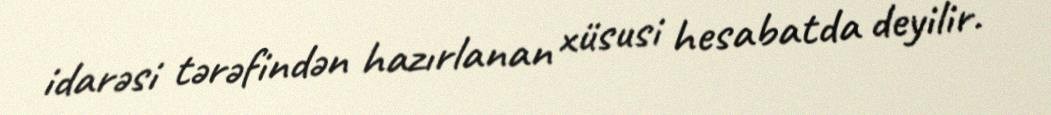
idarəsi tərəfindən hazırlanan xüsusi hesabatda deyilir.